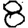
Digit: 8